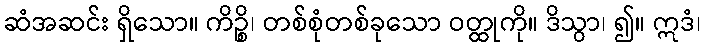
ဆံအဆင်း ရှိသော။ ကိဉ္စိ၊ တစ်စုံတစ်ခုသော ဝတ္ထုကို။ ဒိသွာ၊ ၍။ ဣဒံ၊